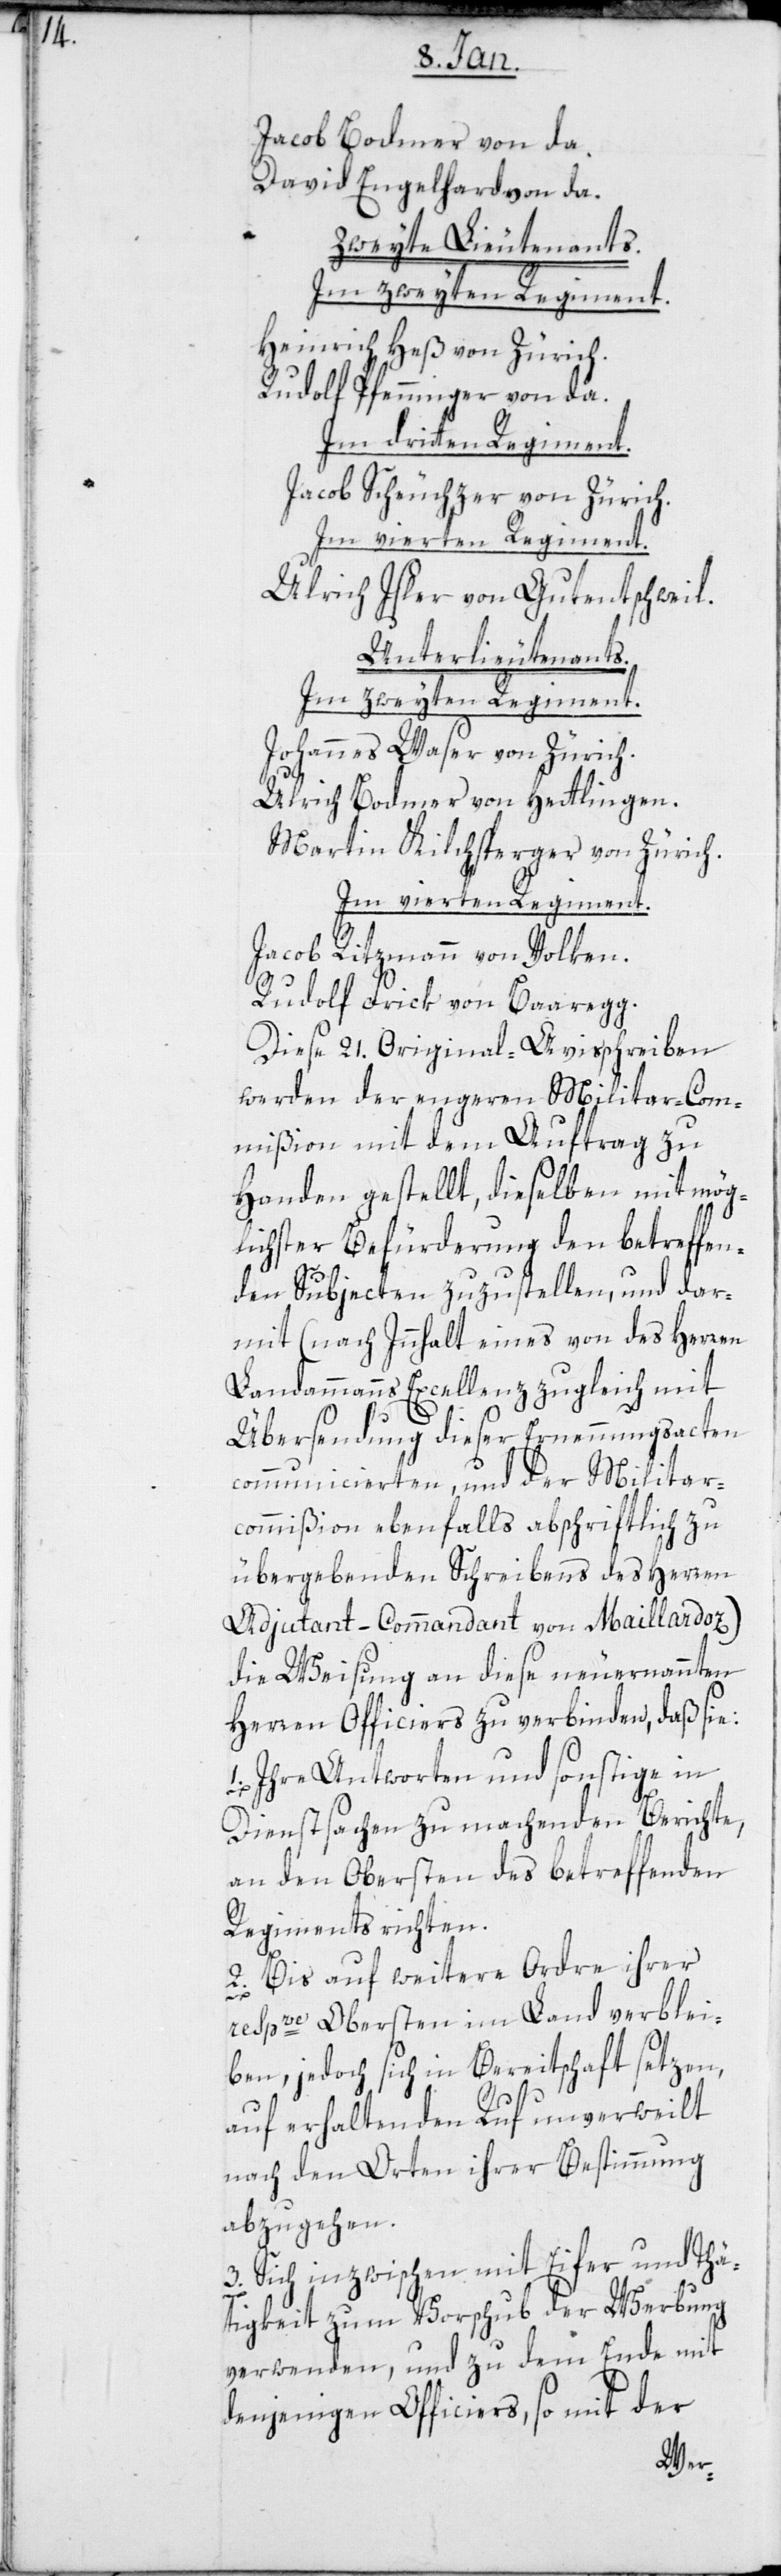
Jacob Bodmer von da.
David Engelhard von da.
Zweite Lieutenants.
Im zweiten Regiment.
Heinrich Heß von Zürich.
Rudolf Pfenninger von da.
Im dritten Regiment.
Jacob Scheuchzer von Zürich.
Im vierten Regiment.
Ulrich Isler von Gutentschweil.
Unterlieutenants.
Im zweiten Regiment.
Johannes Waser von Zürich.
Ulrich Bodmer von Hettlingen.
Martin Kilchsperger von Zürich.
Im vierten Regiment.
Jacob Ritzmann von Volken.
Rudolf Frick von Baregg.
Diese 21 Original-Avisschreiben
werden der engeren Militar-Com¬
mißion mit dem Auftrag zu
Handen gestellt, dieselben mit mög¬
lichster Befürderung den betreffen¬
den Subjecten zuzustellen, und dar¬
mit (nach Inhalt eines von des Herren
Landammanns Excellenz zugleich mit
Übersendung dieser Ernennungsacten
communicierten, und der Militar¬
commißion ebenfalls abschriftlich zu
übergebenden Schreibens des Herren
Adjudant-Commandant von Maillardoz)
die Weisung an diese neuernannten
Herren Officiers zu verbinden, daß sie:
1. Ihre Antworten und sonstige in
Dienstsachen zu machenden Berichte,
an den Obersten des betreffenden
Regiments richten.
2. Bis auf weitere Ordre ihrer
respve Obersten im Land verblei¬
ben, jedoch sich in Bereitschaft setzten,
auf erhaltenden Ruf unverweilt
nach den Orten ihrer Bestimmung
abzugehen.
3. Sich inzwischen mit Eifer und Thä¬
tigkeit zum Vorschub der Werbung
verwenden, und zu dem Ende mit
denjenigen Officiers, so mit der